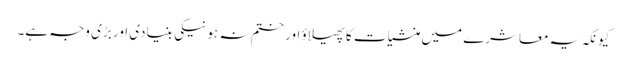
کیونکہ یہ معاشرے میں منشیات کا پھیلاؤ اور ختم نہ ہونیکی بنیادی اور بڑی وجہ ہے۔